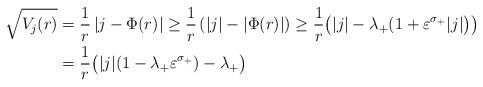
LaTeX: \begin{align*} \sqrt{V_j(r)} &=\frac{1}{r} \left|j-\Phi(r) \right| \ge \frac{1}{r} \left( |j|-|\Phi(r)| \right) \ge \frac{1}{r}\big(|j|- \lambda_+(1+\varepsilon^{\sigma_+}|j|\big)\big) \\&= \frac{1}{r}\big( |j|(1-\lambda_+\varepsilon^{\sigma_+})-\lambda_+ \big)\end{align*}